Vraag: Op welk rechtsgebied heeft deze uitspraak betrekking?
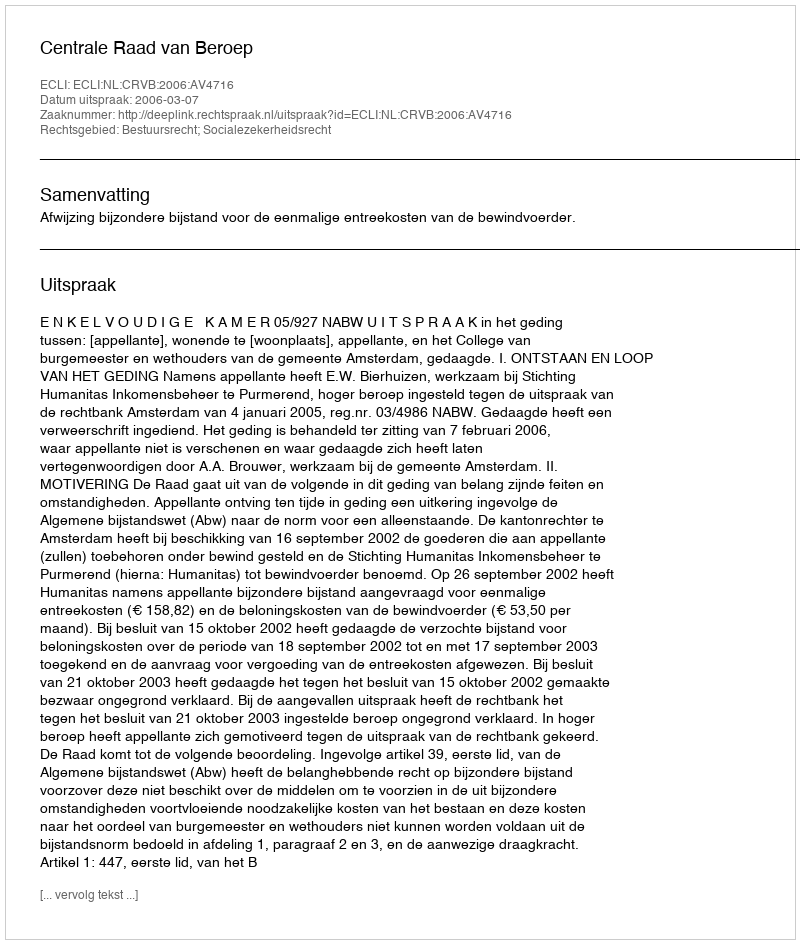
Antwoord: Bestuursrecht; Socialezekerheidsrecht